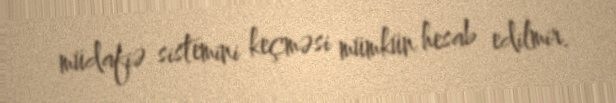
müdafiə sistemini keçməsi mümkün hesab edilmir.